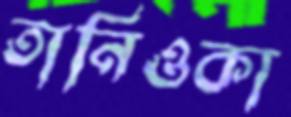
তানিওকা